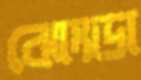
ঝোংডা